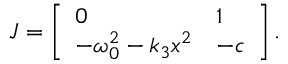
\boldsymbol J = \left[ \begin{array} { l l } { 0 } & { 1 } \\ { - \omega _ { 0 } ^ { 2 } - k _ { 3 } x ^ { 2 } } & { - c } \end{array} \right] .